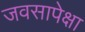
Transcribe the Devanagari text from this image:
जवसापेक्षा